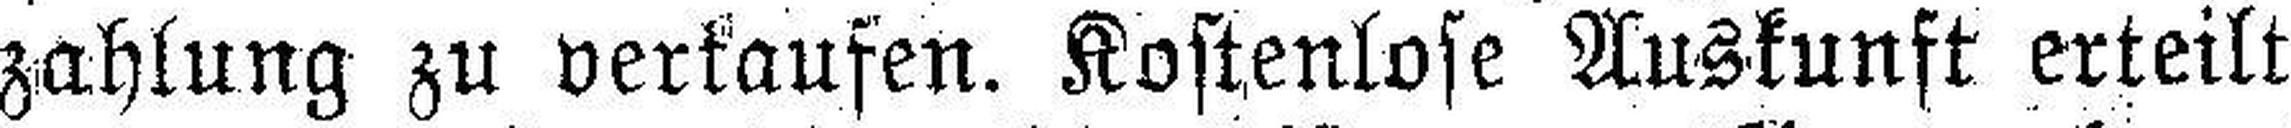
zahlung zu verkaufen. Kostenlose Auskunft erteilt